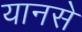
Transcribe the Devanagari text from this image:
यानसे